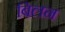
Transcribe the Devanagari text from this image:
बिलन